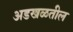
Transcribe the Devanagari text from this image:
अडखळतील